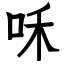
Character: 咊